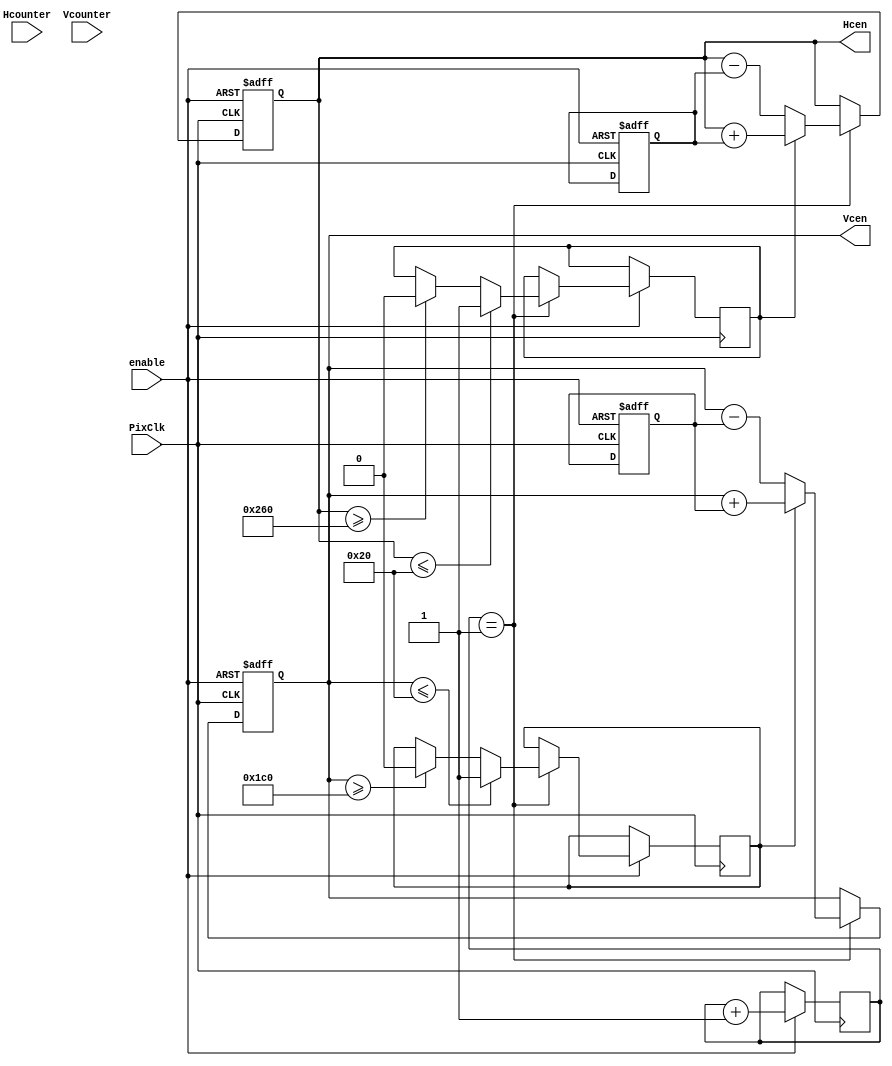
`timescale 1ns / 1ps
//////////////////////////////////////////////////////////////////////////////////
// Company: 
// Engineer: 
// 
// Design Name: 
// Module Name:    Ball_engine 
// Project Name: 
// Target Devices: 
// Tool versions: 
// Description: 
//
// Dependencies: 
//
// Revision: 
// Revision 0.01 - File Created
// Additional Comments: 
//
//////////////////////////////////////////////////////////////////////////////////
module Ball_engine(
		PixClk,
		Hcounter,
		Vcounter,
		enable,
		Hcen,
		Vcen
    );
	 
/*pseudo:
set init direction i.e tan(x)
based on tan(x),speed and boundary conditions new centre co-ordinates are calculated
if boundary condition is violated, tan(x) updated and new posn calculated again
each clk pulse updates the position of the circle into the posn regs
boundary conditions:
		Hmax,
		Hmin,
		Vmax,
		Vmin,
		
		
algorithm:
1.	check boundary condition	//combi
2. if(violating): adjust tan(x)	//combi
3.	calculate new posn(centre)	//combi
4.	update	//posedge clock
*/


//inputs:
input PixClk,enable;
input[9:0] Hcounter,Vcounter;
//outputs:
output[9:0] Hcen,Vcen;
//regs:
reg[9:0] Hcen=200;
reg[9:0] Vcen=150;
reg Hst=1'b0;
reg Vst=1'b0;
reg [17:0] count;
reg signed[9:0] Vsp,Hsp;
//wires:
wire[9:0] Hmax,Hmin,Vmax,Vmin;
wire signed [9:0] Hcen_next,Vcen_next;
wire [19:0] count_next;
//combinatorial:
assign Hmax	=	608;
assign Hmin	=	32;
assign Vmax	=	448;
assign Vmin	=	32;


assign Hcen_next =	(Hst==1'b1)?	Hcen+Hsp:Hcen-Hsp;
assign Vcen_next =	(Vst==1'b1)?	Vcen+Vsp:Vcen-Vsp;


assign count_next=count+1'b1;
//seq
/*
	Hsp <= ((Hcen<=Hmin)||(Hcen>=Hmax))?	-Hsp:Hsp;
	Vsp <= ((Vcen<=Vmin)||(Vcen>=Vmax))?	-Vsp:Vsp;
*/

always @(posedge PixClk or negedge enable)begin
		if(!enable)begin
			Hcen<=320;
			Vcen<=240;
			Hsp<=4;
			Vsp<=4;
		end else begin
			count<=count_next;
			if(count==1)begin
				if(Hcen<=Hmin)begin
					Hst<=1'b1;
				end else 
				if(Hcen>=Hmax)begin
					Hst<=1'b0;
				end else begin
					Hst<=Hst;
				end
				
				if(Vcen<=Vmin)begin
					Vst<=1'b1;
				end else 
				if(Vcen>=Vmax)begin
					Vst<=1'b0;
				end else begin
					Vst<=Vst;
				end
				
				Hcen<=Hcen_next;
				Vcen<=Vcen_next;
			end
		end
end
endmodule